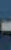
-